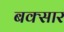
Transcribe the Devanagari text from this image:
बक्सार